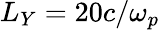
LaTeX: L_{Y}=20c/\omega_{p}